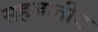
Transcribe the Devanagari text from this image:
सहजातीय